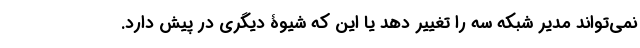
نمی‌تواند مدیر شبکه سه را تغییر دهد یا این که شیوۀ دیگری در پیش دارد.